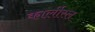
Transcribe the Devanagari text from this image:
कार्लीस्ल